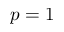
p = 1